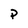
Character: P